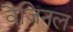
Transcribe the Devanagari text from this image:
वैजिनल